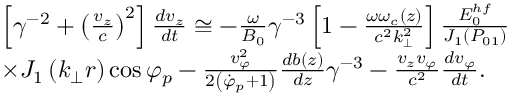
\begin{array} { r l } & { { \left[ \gamma ^ { - 2 } + \left( \frac { v _ { z } } { c } \right) ^ { 2 } \right] \frac { d v _ { z } } { d t } \cong - \frac { \omega } { B _ { 0 } } \gamma ^ { - 3 } \left[ 1 - \frac { \omega \omega _ { c } ( z ) } { c ^ { 2 } k _ { \perp } ^ { 2 } } \right] \frac { E _ { 0 } ^ { h f } } { J _ { 1 } \left( P _ { 0 1 } \right) } } } \\ & { \times J _ { 1 } \left( k _ { \perp } r \right) \cos \varphi _ { p } - \frac { v _ { \varphi } ^ { 2 } } { 2 \left( \dot { \varphi } _ { p } + 1 \right) } \frac { d b ( z ) } { d z } \gamma ^ { - 3 } - \frac { v _ { z } v _ { \varphi } } { c ^ { 2 } } \frac { d v _ { \varphi } } { d t } . } \end{array}